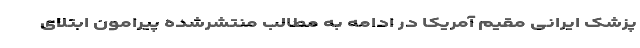
پزشک ایرانی مقیم آمریکا در ادامه به مطالب منتشرشده پیرامون ابتلای